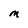
Character: M